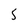
Character: 5